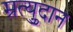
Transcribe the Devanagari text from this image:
म्रुत्युदान